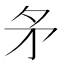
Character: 𭿶